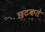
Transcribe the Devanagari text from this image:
छटकते